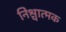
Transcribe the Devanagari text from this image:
निश्चात्मक